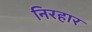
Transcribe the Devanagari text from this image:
निरहार